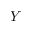
Y